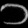
Digit: ၁